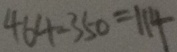
4 6 4 - 3 5 0 = 1 1 4